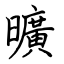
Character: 曠